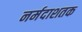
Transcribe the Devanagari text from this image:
नर्मदाशतक